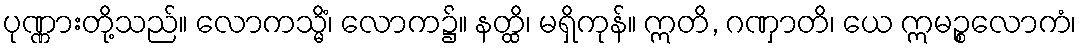
ပုဏ္ဏားတို့သည်။ လောကသ္မိံ၊ လောက၌။ နတ္ထိ၊ မရှိကုန်။ ဣတိ, ဂဏှာတိ၊ ယေ ဣမဉ္စလောကံ၊